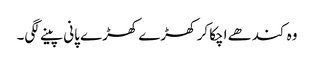
وہ کندھے اچکا کر کھڑے کھڑے پانی پینے لگی۔